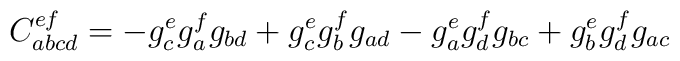
C_{abcd}^{ef}=-g^e_cg^f_ag_{bd} + g^e_cg^f_bg_{ad} - g^e_ag^f_dg_{bc}  + g^e_bg^f_dg_{ac}